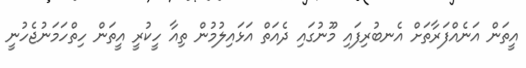
އީތަން އަނެއްފަރާތަށް އެނބުރިފައި މޫނުގައި ދެއަތް އަޅައިލުމުން ތިއާ ހީކުރީ އީތަން ހިތްހަމަނުޖެހުނީ